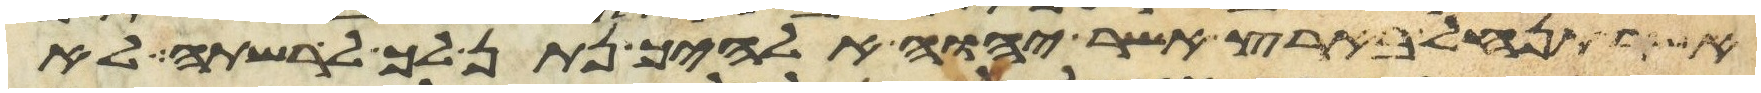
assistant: אשר תנחל בארץ אשר יהוה אלהיך נתן לך לרשתה לא